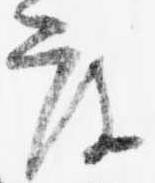
度